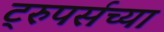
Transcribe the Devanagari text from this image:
ट्रुपर्सच्या